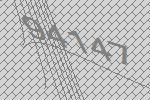
94147